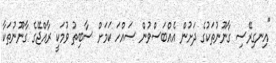
"އިނގިރޭސި ގާނޫނުތަކުގެ ދަށުން އެއްބަސްވުން ސައްހަ ކަމަށް ސާބިތު ވުމަކީ ރާއްޖޭގެ ގާނޫނުތަކާ